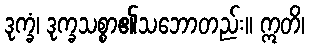
ဒုက္ခံ၊ ဒုက္ခသစ္စာ၏သဘောတည်း။ ဣတိ၊